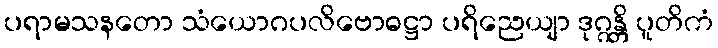
ပရာမသနတော သံယောဂပလိဗောဓဋ္ဌာ ပရိညေယျာ ဒုဂ္ဂန္တိ ပူတိကံ